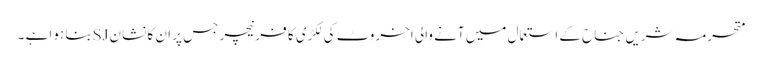
متحرمہ شریں جناح کے استعمال میں آنے والی اخروٹ کی لکڑی کا فرنیچر جس پر ان کا نشان SJبنا ہوا ہے ۔